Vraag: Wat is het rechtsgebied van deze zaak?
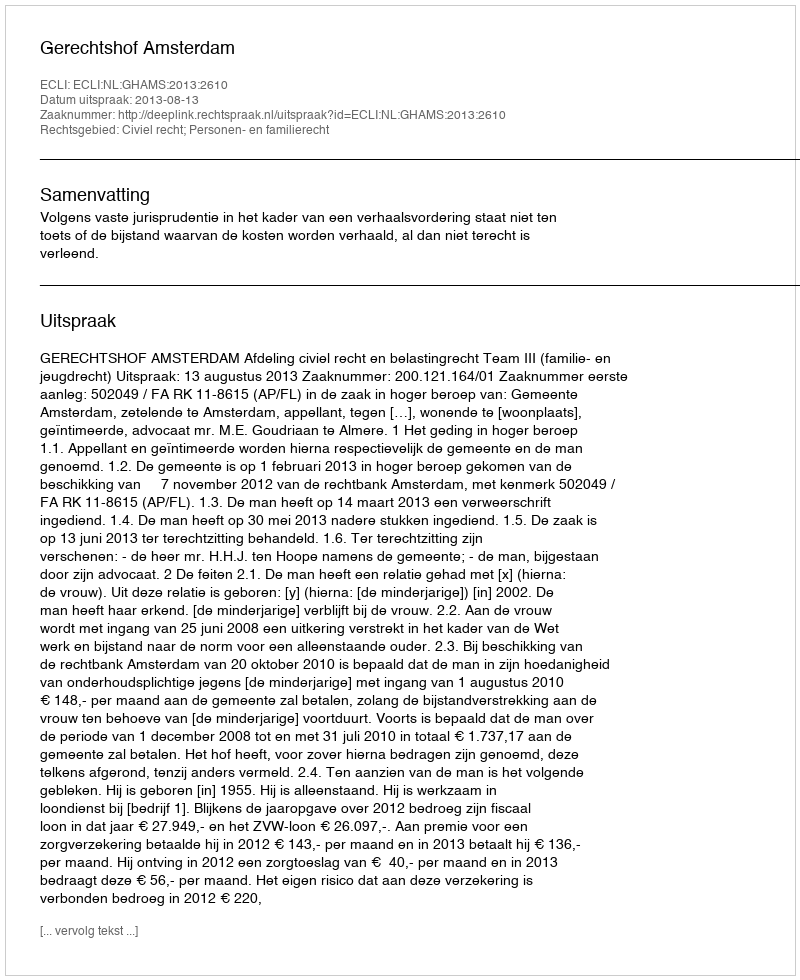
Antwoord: Civiel recht; Personen- en familierecht